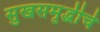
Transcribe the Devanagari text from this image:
सुखसमृद्धीचे